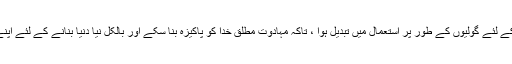
ان کا مقصد فرشتہ کی رائفل کے لئے گولیوں کے طور پر استعمال میں تبدیل ہوا ، تاکہ مہادوت مطلق خدا کو پاکیزہ بنا سکے اور بالکل نیا دنیا بنانے کے لئے اپنے خیال کو سیفیرتھ لے سکے۔